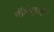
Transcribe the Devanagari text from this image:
नॉर्डर्‍हाइन